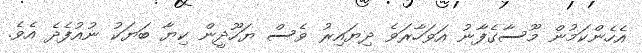
އެހެންކަމުން މޫސާގެފާނު އަވަހާރަވެ ދިޔައިރު ވެސް ޔަހޫދީން ކިޔާ ބަޔަކު ނުއުފެދެ އެވެ.